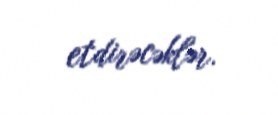
etdirəcəklər.